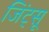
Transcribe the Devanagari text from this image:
जिंट्सू